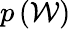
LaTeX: p\left(\mathcal{W}\right)